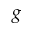
g